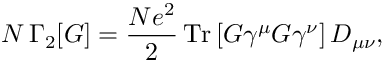
N \, \Gamma _ { 2 } [ G ] = \frac { N e ^ { 2 } } { 2 } \, \mathrm { T r } \left[ G \gamma ^ { \mu } G \gamma ^ { \nu } \right] D _ { \mu \nu } ,